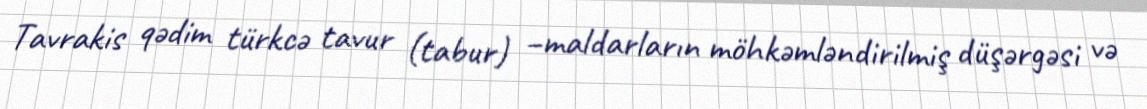
Tavrakis qədim türkcə tavur (tabur) –maldarların möhkəmləndirilmiş düşərgəsi və